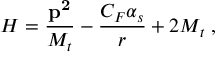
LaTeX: H = { \frac { \bf p ^ { 2 } } { M _ { t } } } - { \frac { C _ { F } \alpha _ { s } } { r } } + 2 M _ { t } \; ,